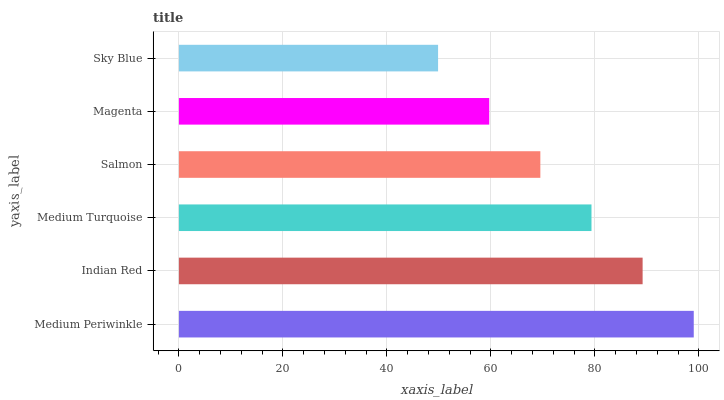
| yaxis_label | bars |
 | --- | --- |
 | Medium Periwinkle | 99 |
 | Indian Red | 89.2 |
 | Medium Turquoise | 79.3 |
 | Salmon | 69.5 |
 | Magenta | 59.7 |
 | Sky Blue | 49.8 |